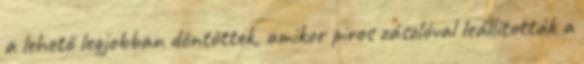
a lehető legjobban döntöttek, amikor piros zászlóval leállították a